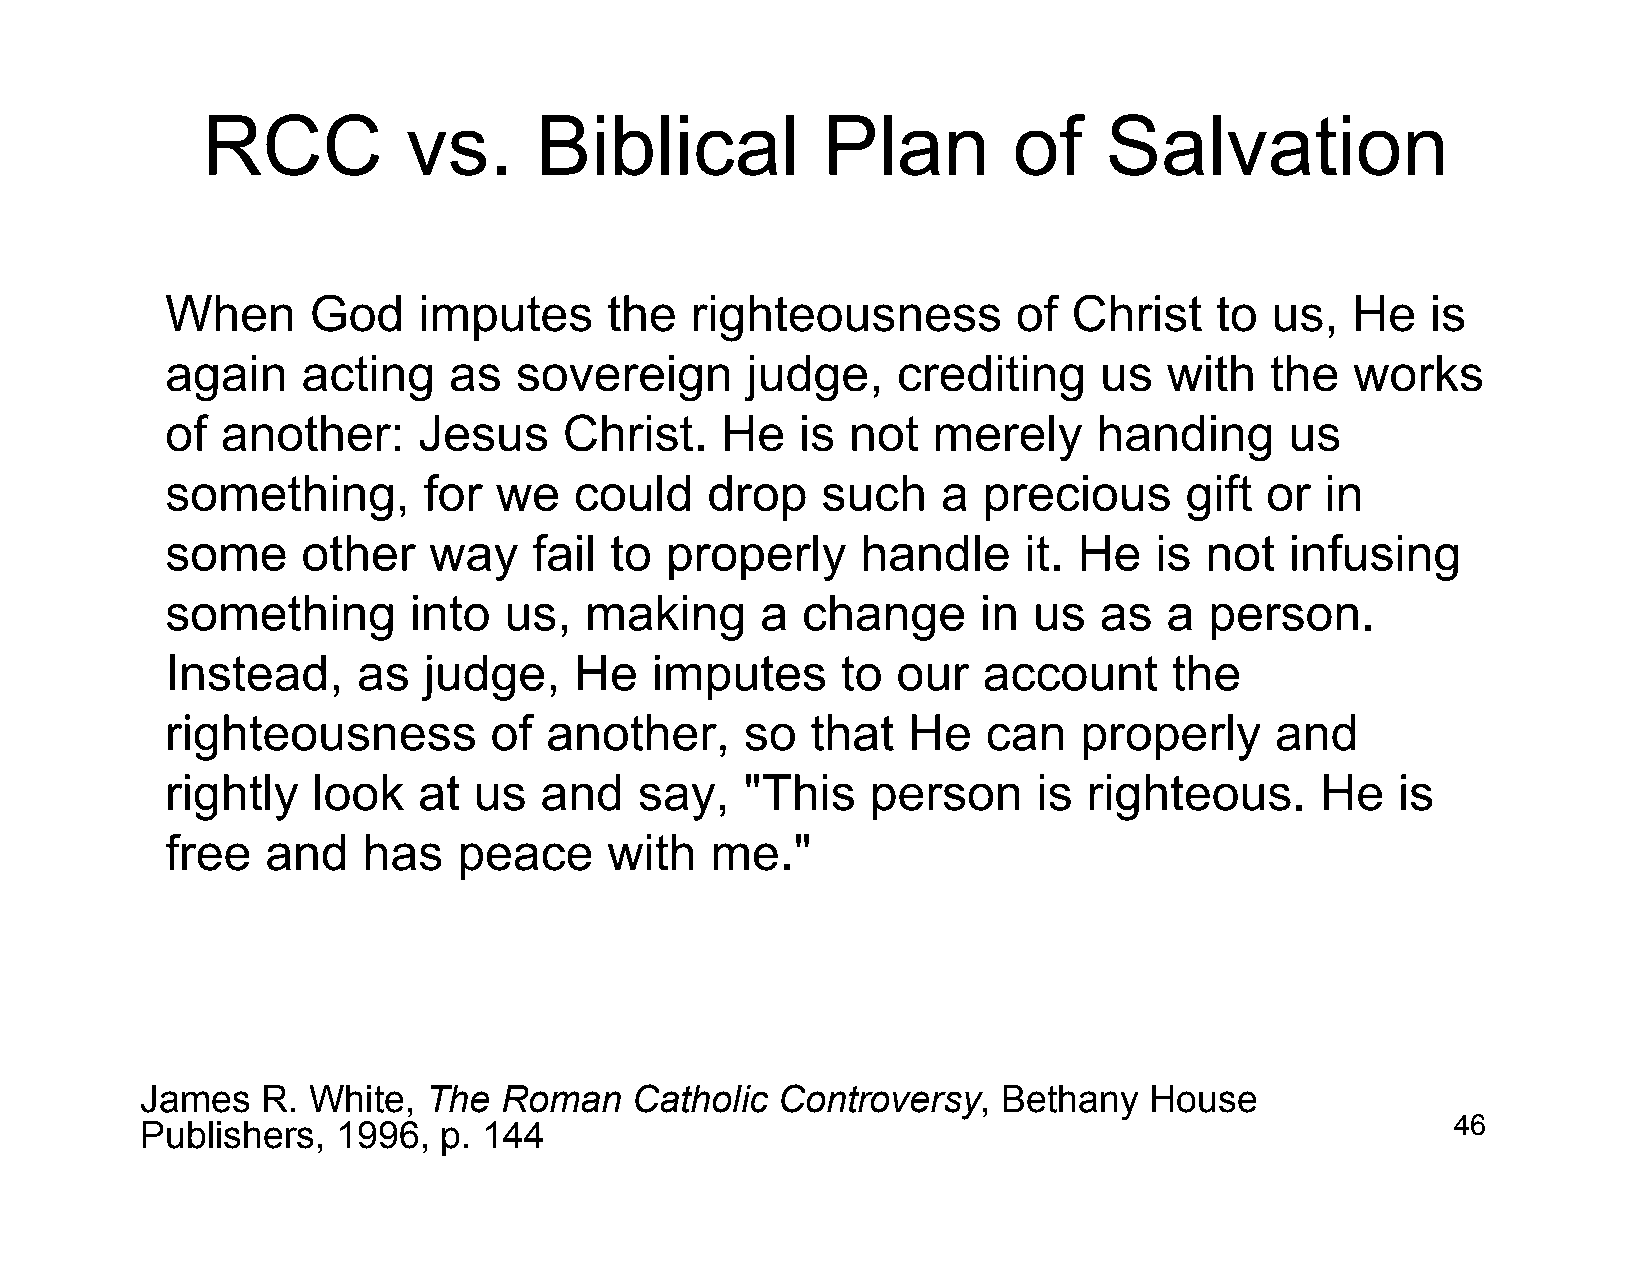
RCC           vs.     Biblical           Plan         of    Salvation
 When     God     imputes     the   righteousness        of  Christ   to  us,  He    is
 again    acting    as  sovereign      judge,    crediting     us  with   the   works
 of  another:     Jesus    Christ.    He   is not   merely     handing     us
 something,       for  we   could    drop   such    a  precious     gift  or  in
 some     other   way    fail to  properly     handle     it. He  is  not  infusing
 something       into  us,   making     a  change      in us   as  a  person.
 Instead,     as  judge,    He   imputes      to our   account      the
 righteousness        of  another,     so   that  He   can   properly     and
 rightly   look   at us   and   say,   "This    person     is righteous.     He    is
 free   and   has   peace     with   me."
 James   R. White,  The  Roman    Catholic Controversy,   Bethany   House
 Publishers,  1996,  p. 144                                                             46